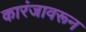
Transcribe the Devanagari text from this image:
कारंजावरून